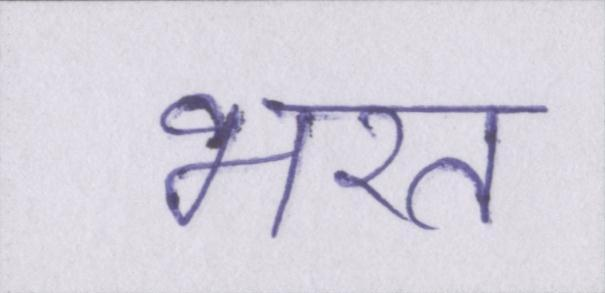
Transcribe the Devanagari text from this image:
भरत